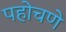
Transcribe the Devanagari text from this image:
पहोचणे